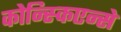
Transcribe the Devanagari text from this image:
कोन्स्किएन्से